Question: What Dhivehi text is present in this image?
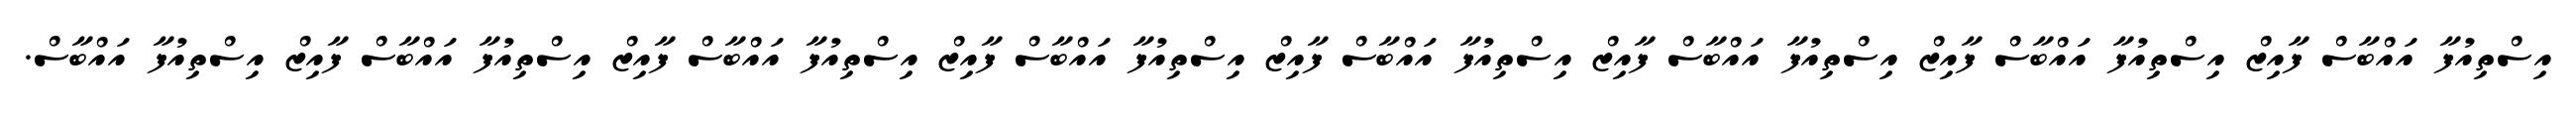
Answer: އިސްތިއުފާ އައްބާސް ފާއިޒް އިސްތިއުފާ އައްބާސް ފާއިޒް އިސްތިއުފާ އައްބާސް ފާއިޒް އިސްތިއުފާ އައްބާސް ފާއިޒް އިސްތިއުފާ އައްބާސް ފާއިޒް އިސްތިއުފާ އައްބާސް ފާއިޒް އިސްތިއުފާ އައްބާސް ފާއިޒް އިސްތިއުފާ އައްބާސް.